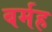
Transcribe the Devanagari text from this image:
बर्मह